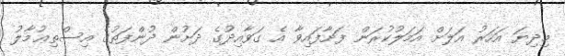
މިދިޔަ އަހަރު އަލަށް އަމަލުކުރަން ފަށާފައިވާ އެ ގަވާއިދުގެ ދަށުން ދުންފަތުގެ އިސްތިޢުމާލު